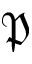
\mathfrak { P }